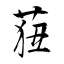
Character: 莥